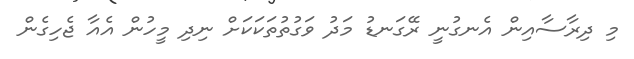
މި ދިރާސާއިން އެނގުނީ ރޭގަނޑު މަދު ވަގުތުތަކަކަށް ނިދި މީހުން އެއާ ޖެހިގެން